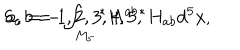
S _ { c } = - \int _ { M _ { 5 } } { } ^ { * } H ^ { a b } { } ^ { * } H _ { a b } d ^ { 5 } x , \hspace { . 5 c m } a , b = 1 , 2 , 3 , 4 , 5 ,